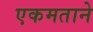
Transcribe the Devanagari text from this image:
एकमताने